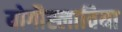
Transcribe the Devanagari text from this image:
योगौस्लाविया